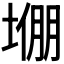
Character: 𫮙